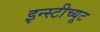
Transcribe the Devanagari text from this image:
इन्स्टीच्यूट